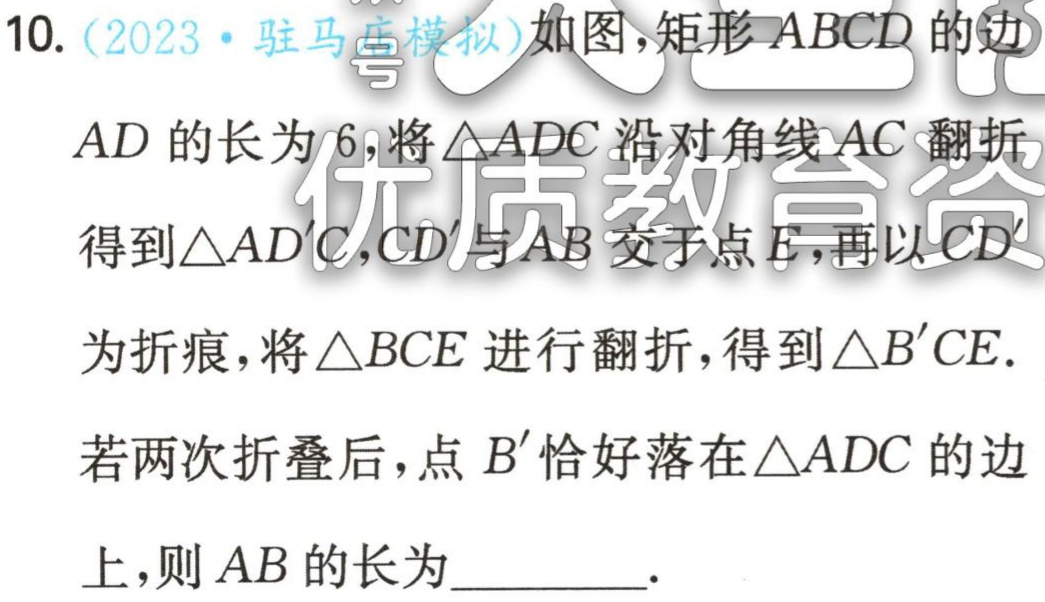
10. (2023·驻马店模拟)如图，矩形 \(ABCD\) 的边

\(AD\) 的长为 \(6\)，将\(\triangle ADC\) 沿对角线 \(AC\) 翻折

得到\(\triangle AD'C\)，\(CD'\)与 \(AB\) 交于点 \(E\)，再以 \(CD'\)

为折痕，将\(\triangle BCE\) 进行翻折，得到\(\triangle B'CE\).

若两次折叠后，点 \(B'\) 恰好落在 \(\triangle ADC\) 的边

上，则 \(AB\) 的长为________.